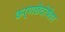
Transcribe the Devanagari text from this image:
कर्णछेदरेषेवर